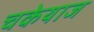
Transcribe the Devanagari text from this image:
चकेयाज